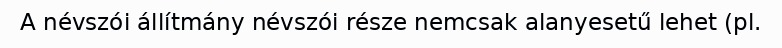
A névszói állítmány névszói része nemcsak alanyesetű lehet (pl.